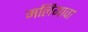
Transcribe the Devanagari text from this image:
मलिगावा